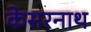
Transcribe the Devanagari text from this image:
केसरनाथ